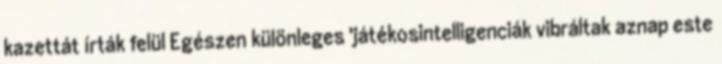
kazettát írták felül Egészen különleges 'játékosintelligenciák vibráltak aznap este